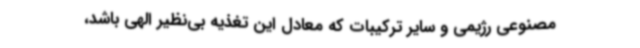
مصنوعی رژیمی و سایر ترکیبات که معادل این تغذیه بی‌نظیر الهی باشد،